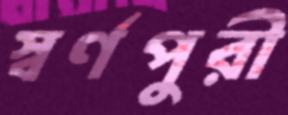
স্বর্ণপুরী